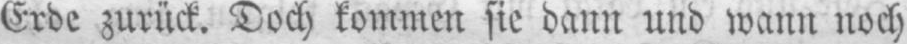
Erde zurück. Doch kommen sie dann und wann noch